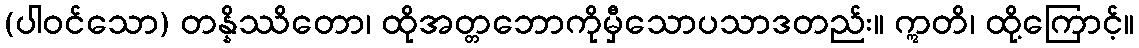
(ပါဝင်သော) တန္နိဿိတော၊ ထိုအတ္တဘောကိုမှီသောပသာဒတည်း။ ဣတိ၊ ထို့ကြောင့်။